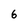
Character: 6